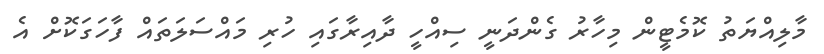
މާލިއްޔަތު ކޮމެޓީން މިހާރު ގެންދަނީ ސިއްހީ ދާއިރާގައި ހުރި މައްސަލަތައް ފާހަގަކޮށް އެ